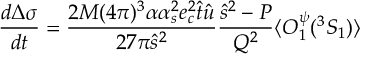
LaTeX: \frac { d \Delta \sigma } { d t } = \frac { 2 M ( 4 \pi ) ^ { 3 } \alpha \alpha _ { s } ^ { 2 } e _ { c } ^ { 2 } \hat { t } \hat { u } } { 2 7 \pi \hat { s } ^ { 2 } } \frac { \hat { s } ^ { 2 } - P } { Q ^ { 2 } } \langle { \cal O } _ { 1 } ^ { \psi } ( { } ^ { 3 } S _ { 1 } ) \rangle